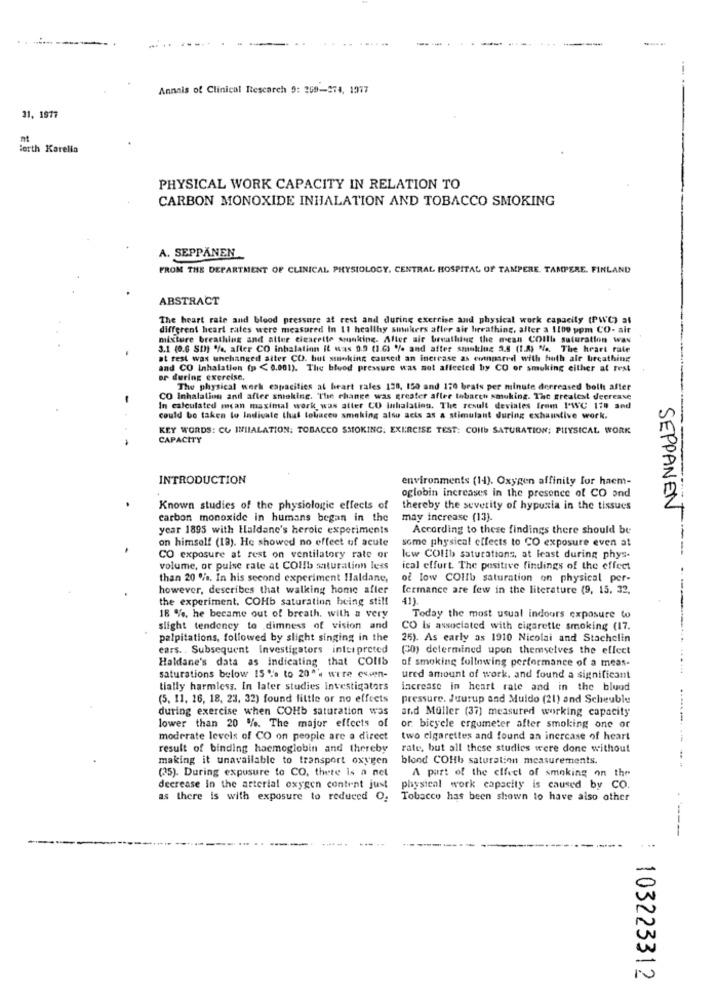
-
Annals of Clinical Research 9: 269-974, 1917
31, 1977
Berth Karella
PHYSICAL WORK CAPACITY IN RELATION TO
CARBON MONOXIDE INHALATION AND TOBACCO SMOKING
A. SEPPANEN
FROM THE DEPARTMENT OF CLINICAL PHYSIOLOGY. CENTRAL HOSPITAL OF TAMPERE. TAMPERE. FINLAND
ABSTRACT
The heart rate and blood pressure at rest and during exercise and physical work capacity (PWC) al
different heart rates were measured In 11 healthy smokers aller air breathing, alter a 1100 ppm CO- air
mixture breathing and aller cigarette smoking. After sie breathing the mean COIll saturation was
3.1 (0.6 St) %, after CO inhalation it was 9.9 (1.6) % and after smoking 3.8 (1.8) %. The heart rate
at rest was unchanged alter CO. but ssunking caused an increase as compared with huth ale breathing
and CO Inhalation (p < 0.001). The blood pressure was not affected by CO or smoking either at rest
or during exercise,
The physical work capacities at heart rales 138, 150 and 170 brats per minute derreased both after
CO Inhalation and after smoking. The change was greater aflee tobacco smoking. The greatest deerease
In calculated mean maximal work, was atter CO Inhalation. The result deviates from PWC 170 and
could be taken to Indicate that tobacco smoking also acts as a stimulant during exhaustive work.
KEY WORDS: CU INIIALATION: TOBACCO SMOKING. EXERCISE TEST: COIS SATURATION; PHYSICAL WORK
CAPACITY
INTRODUCTION
environments (14). Oxygen affinity for haem-
oglobin increases in the presence of CO ond
Known studies of the physiologic effects of
thereby the severity of hypoxia in the tissues
SEPPANEN
carbon monoxide in humans began in the
may increase (13).
year 1895 with Haldane's heroic experiments
According to these findings there should be
on himself (18). He showed no effect of acute
some physical effects to CO exposure even at
CO exposure at rest on ventilatory rate or
low COlib saturations, at least during phys-
volume, or pulse rate at COHb saturation less
ical elfurt. The positive findings of the effect
than 20 %. In his second experiment Haldane,
od low COIth saturation on physical per-
however, describes that walking home after
fermance are few in the literature (9, 15. 32.
the experiment, COHb saturation being still
41)
18 %, he became out of breath, with a very
Today the most usual indoors exposure to
slight tendency to dimness of vision and
CO Is associated with cigarette smoking (17.
palpitations, followed by slight singing in the
25). As early as 1910 Nicolai and Stachelin
ears. . Subsequent Investigators interpreted
(0) determined upon themselves the effect
Haldane's data as Indicating that COlib
of smoking following performance of a meas-
.........
saturations below IS 's to 20"'s were esin-
ured amount of work, and found a significant
tially harmless. In later studies investigators
increase in heart rate and in the blood
(5. 11, 16, 18, 23. 32) found little or no effects
pressure. Juurup and Muido (21) and Scheuble
during exercise when COHb saturation was
and Müller (37) measured working capacity
lower than 20 %. The major effects of
or: bicycle ergometer after smoking one or
moderate levels of CO on people are a direct
two cigarettes and found an increase of heart
result of binding haemoglobin and thereby
rate, but all these studies were done without
making it unavailable to transport oxygen
blond COHb saturation measurements.
(35). During exposure to CO, thete is a net
------ --
A part of the effect of smoking on the
decrease in the arterial oxygen content just
physical work capacity is caused by CO.
as there is with exposure to reduced O.
Tobacco has been shown to have also other
: 103223312